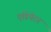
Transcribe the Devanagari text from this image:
एडियेटर